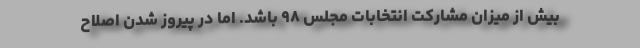
بیش از میزان مشارکت انتخابات مجلس ۹۸ باشد. اما در پیروز شدن اصلاح